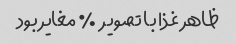
ظاهر غذا با تصویر  ٪ مغایر بود